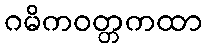
ဂမိကဝတ္တကထာ